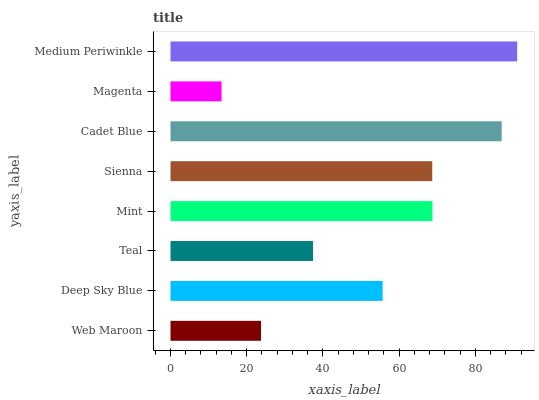
| yaxis_label | bars |
 | --- | --- |
 | Web Maroon | 23.7 |
 | Deep Sky Blue | 55.7 |
 | Teal | 37.4 |
 | Mint | 68.7 |
 | Sienna | 68.7 |
 | Cadet Blue | 86.9 |
 | Magenta | 13.4 |
 | Medium Periwinkle | 91 |